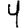
Digit: 4